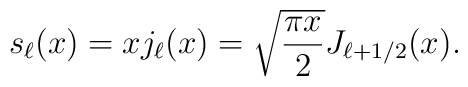
s_\ell(x) = x j_\ell(x) = \sqrt{{\pi x\over 2}} J_{{\ell+1/2}}(x).